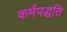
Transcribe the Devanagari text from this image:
कर्मपद्धति